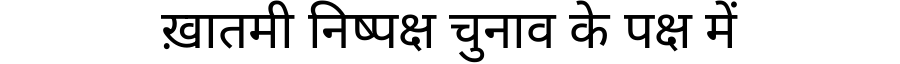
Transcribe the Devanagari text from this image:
ख़ातमी निष्पक्ष चुनाव के पक्ष में